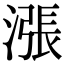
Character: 漲